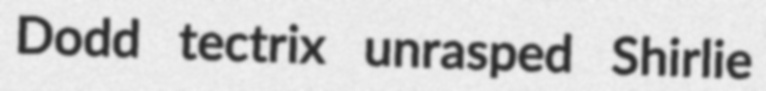
Dodd tectrix unrasped Shirlie